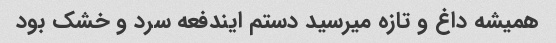
همیشه داغ و تازه میرسید دستم ایندفعه سرد و خشک بود